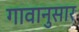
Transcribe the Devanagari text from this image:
गावानुसार